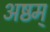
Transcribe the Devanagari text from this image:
अष्ठम्‌